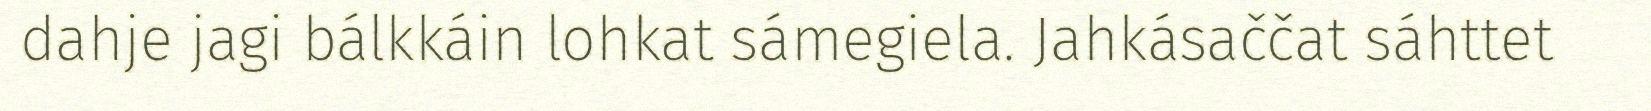
dahje jagi bálkkáin lohkat sámegiela. Jahkásaččat sáhttet